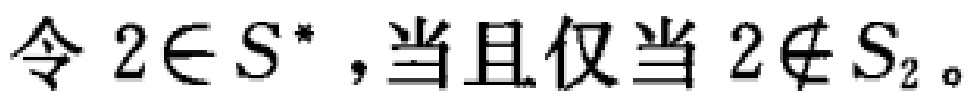
令 \(2\in S^{*}\)，当且仅当 \(2\notin S_{2}\)。